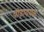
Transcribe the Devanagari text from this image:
पीड़ादयक